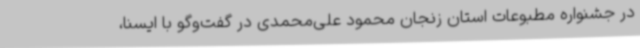
در جشنواره مطبوعات استان زنجان محمود علی‌محمدی در گفت‌وگو با ایسنا،